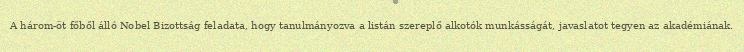
A három-öt főből álló Nobel Bizottság feladata, hogy tanulmányozva a listán szereplő alkotók munkásságát, javaslatot tegyen az akadémiának.